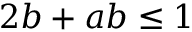
2 b + a b \leq 1